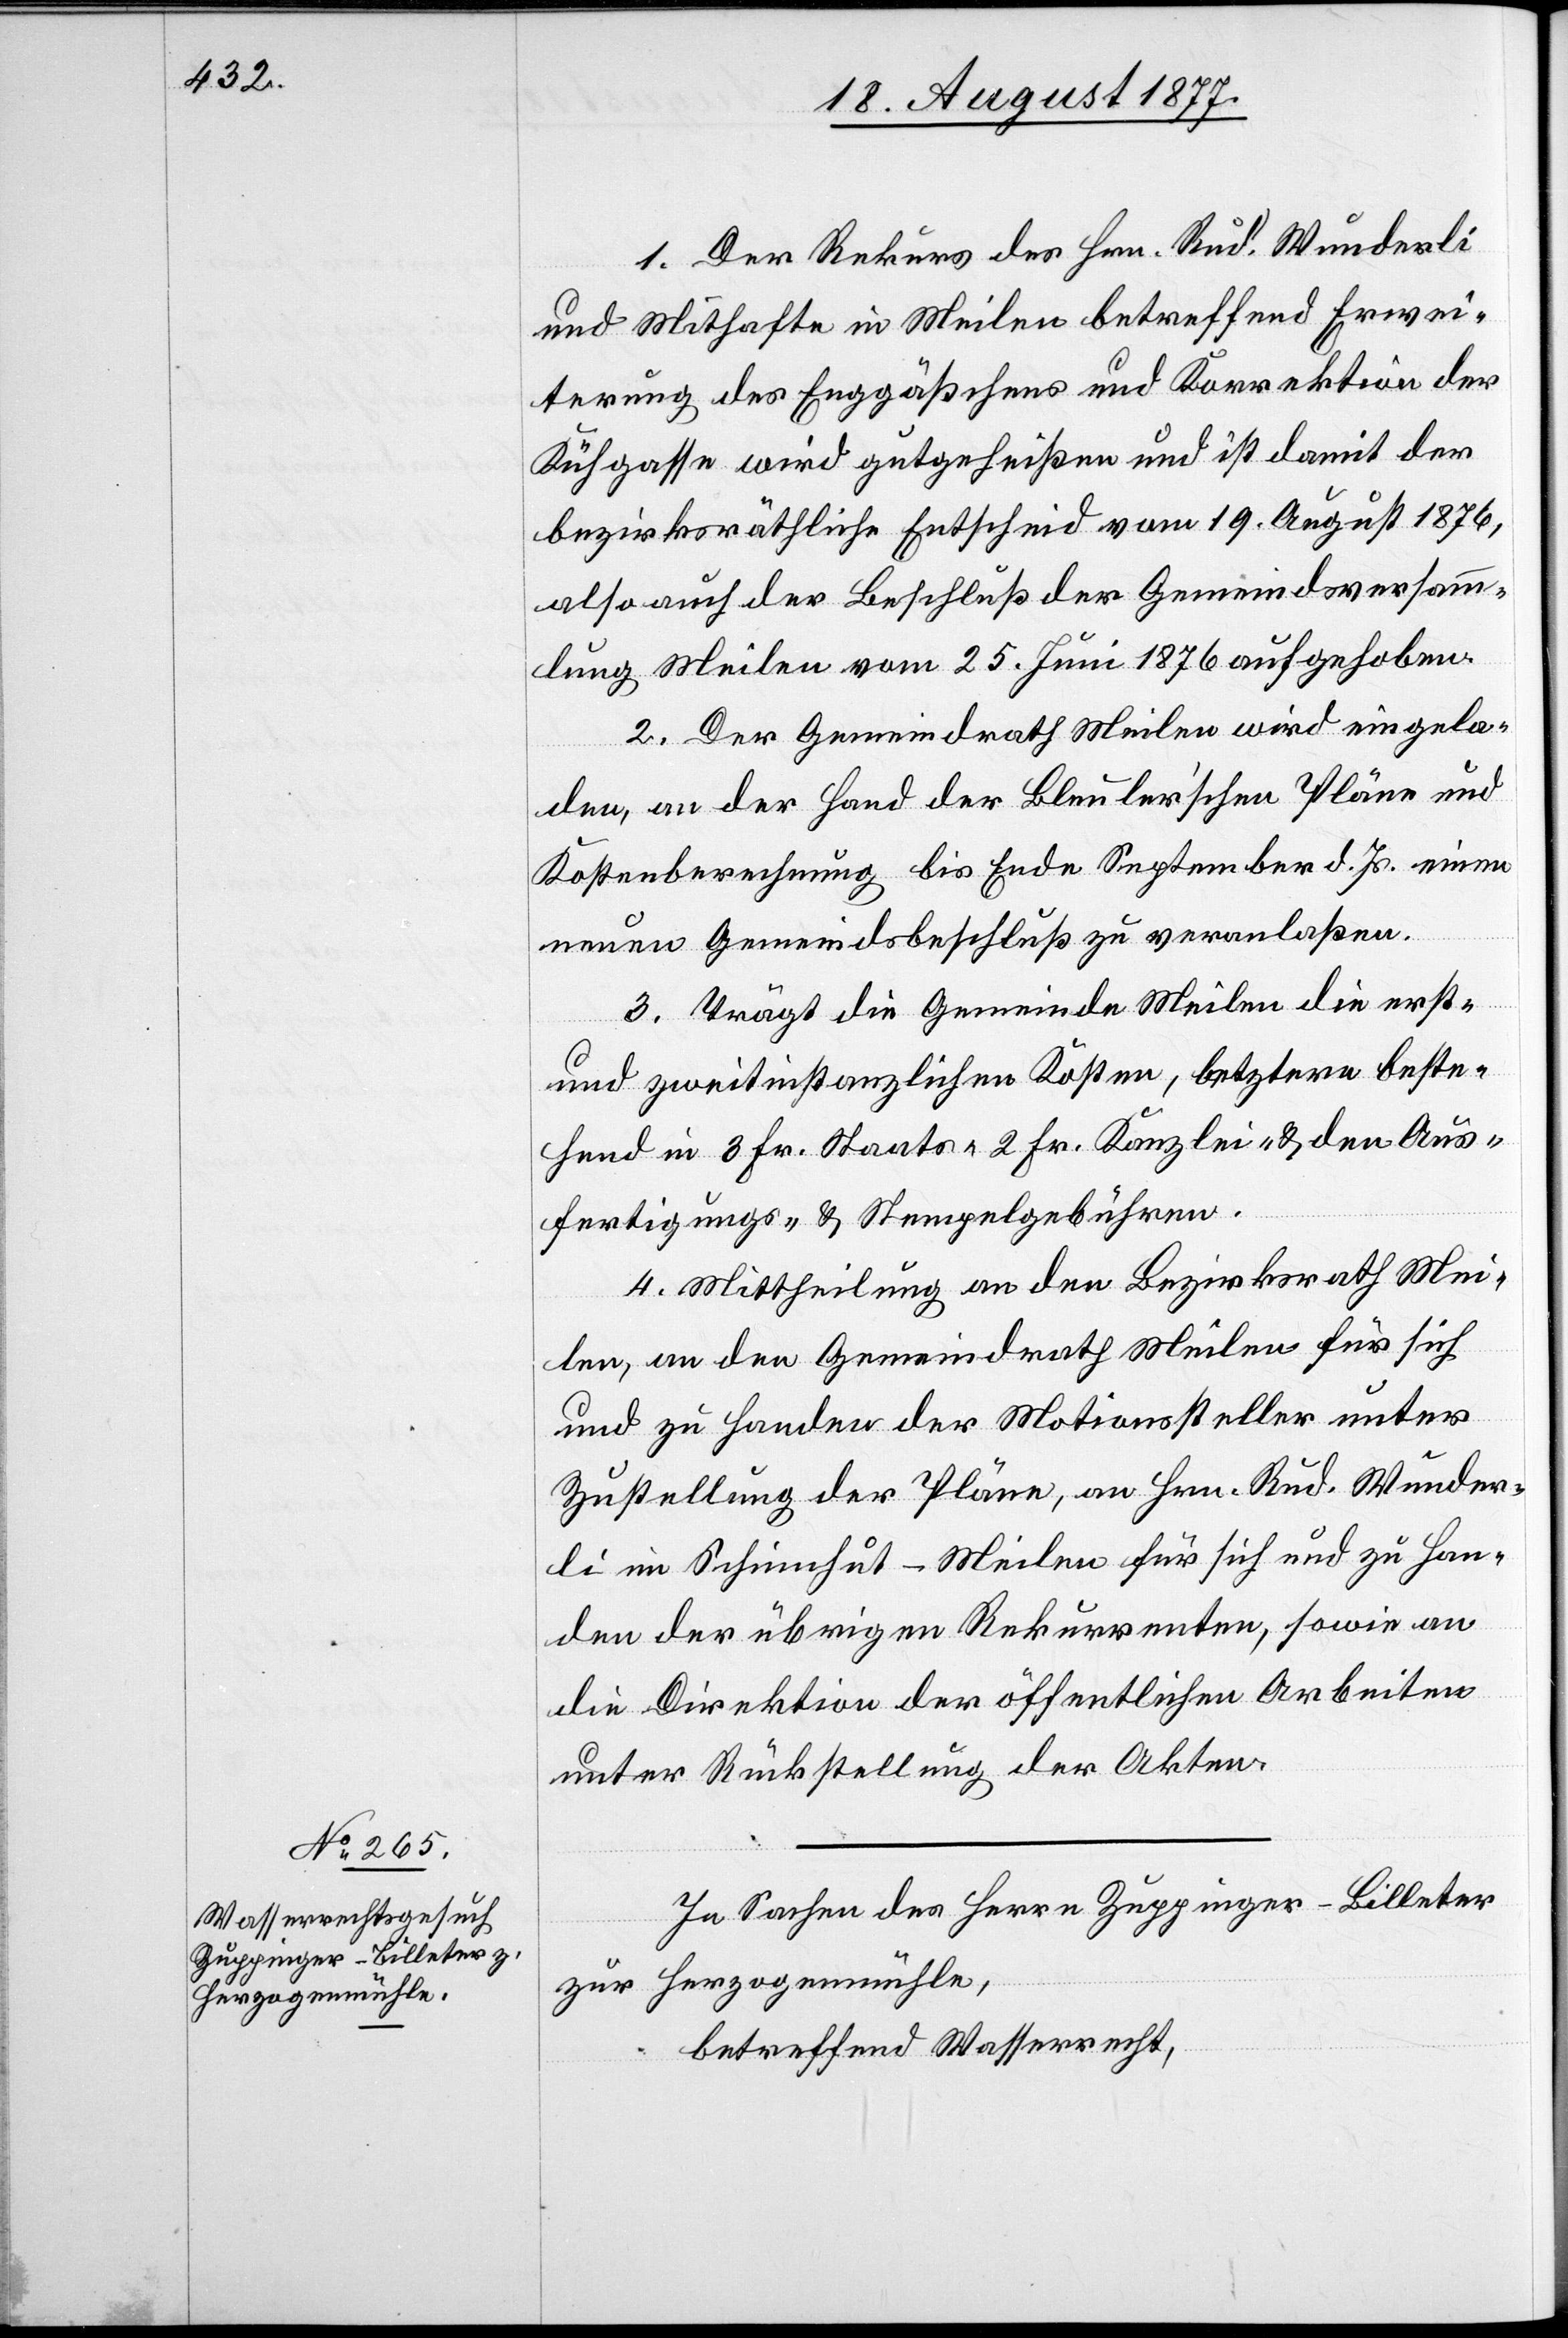
1. Der Rekurs des Hrn. Rud. Wunderli
und Mithafte in Meilen betreffend Erwei¬
terung des Enggäßchens und Korrektion der
Kühgasse wird gutgeheißen und ist damit der
bezirksräthliche Entscheid vom 19. August 1876,
also auch der Beschluß der Gemeindsversamm¬
lung Meilen vom 25. Juni 1876 aufgehoben.
2. Der Gemeindrath Meilen wird eingela¬
den, an der Hand der Bleuler’schen Pläne und
Kostenberechnung bis Ende September d. Js. einen
neuen Gemeindsbeschluß zu veranlaßen.
3. Trägt die Gemeinde Meilen die erst-
und zweitinstanzlichen Kosten, letztere beste¬
hend in 3 Fr. Staats-[,] 2 Fr. Kanzlei- & den Aus¬
fertigungs- & Stempelgebühren.
4. Mittheilung an den Bezirksrath Mei¬
len, an den Gemeindrath Meilen für sich
und zu Handen der Motionssteller unter
Zustellung der Pläne, an Hrn. Rud. Wunder¬
li im Schinnhut - Meilen für sich und zu Han¬
den der übrigen Rekurrenten, sowie an
die Direktion der öffentlichen Arbeiten
unter Rückstellung der Akten.
In Sachen des Herrn Zuppinger-Billeter
zur Herzogenmühle,
betreffend Wasserrecht,